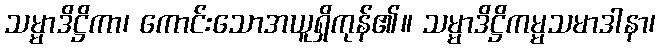
သမ္မာဒိဋ္ဌိကာ၊ ကောင်းသောအယူရှိကုန်၏။ သမ္မာဒိဋ္ဌိကမ္မသမာဒါနာ၊